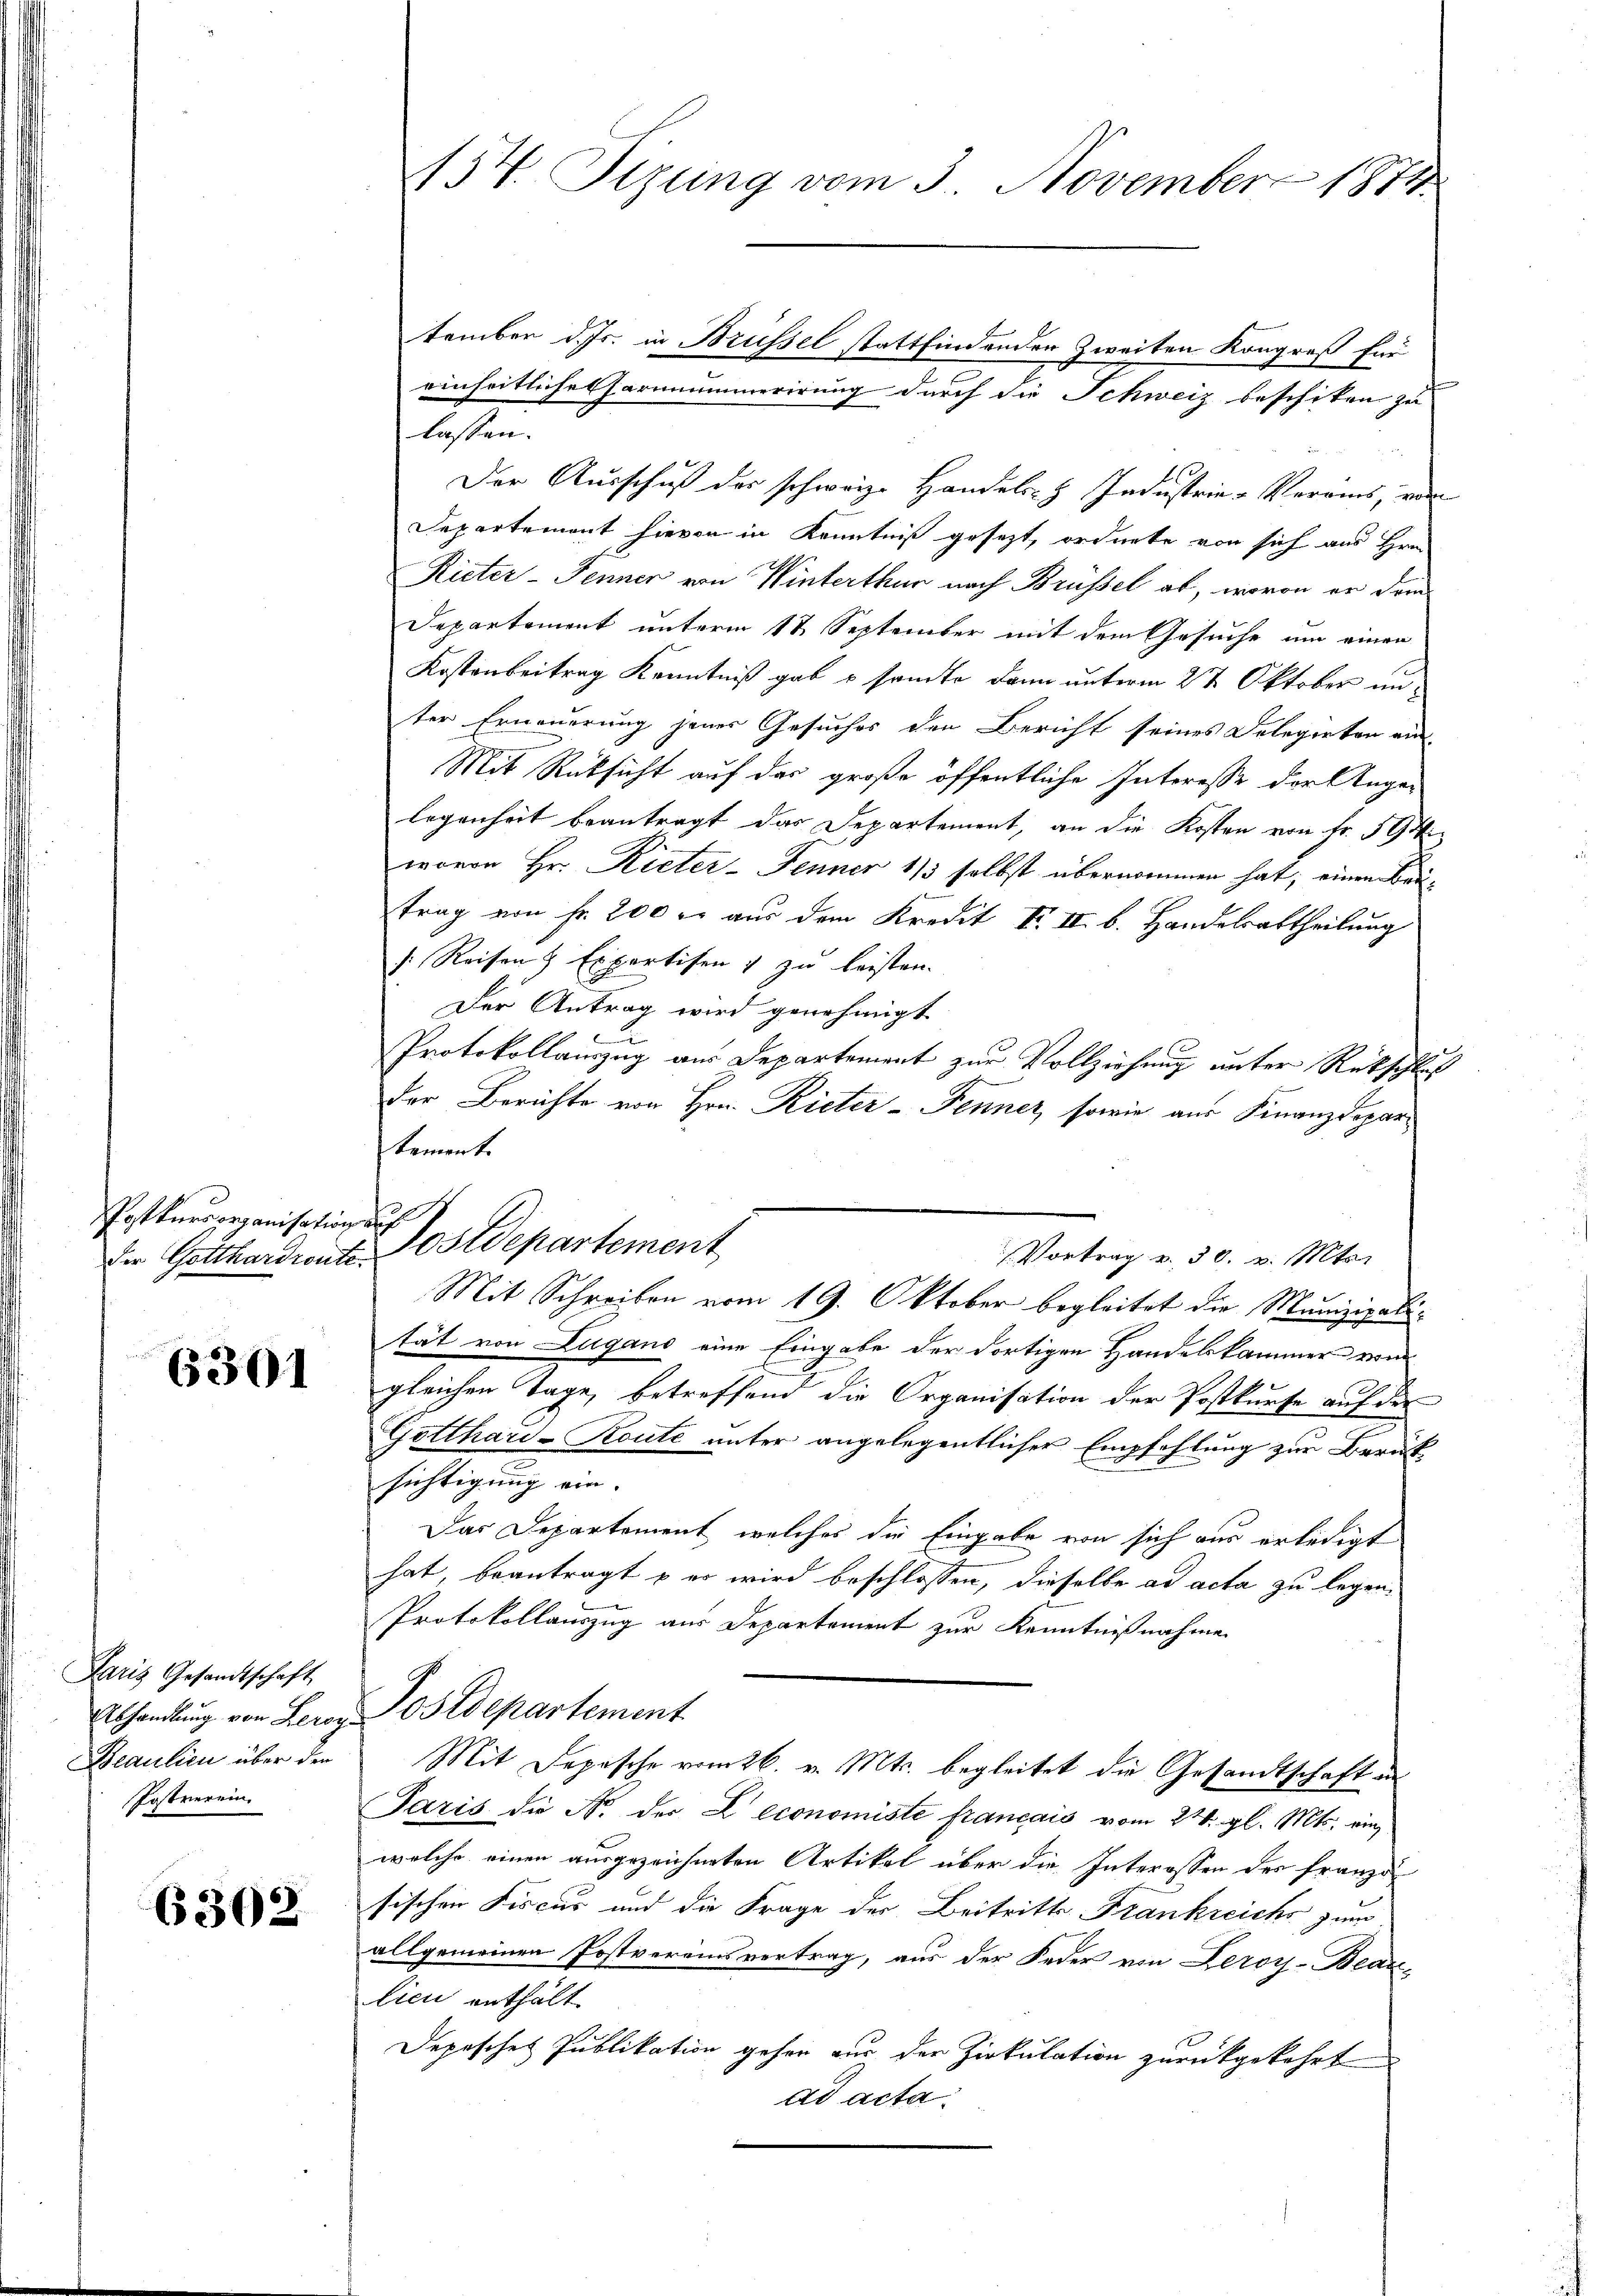
Postkurserganisation

6301

Paris Gesandtschaft
Abhandlung von Leroy
Beaulien über den
Postverein.

6302

1154. Tizung vom 3. November 1871

tember d. Js. in Brüssel stattfindenden Zweiten Kongreß für
einheitliche Formamerirung durch die Schweiz beschiken zu
lassen.
Der Ausschuß der schweiz. Handels- & Industrie-Vereins, von
Separtement hievon in Kenntniß gesezt, ordnete von sich aus Hrn
Rieter-Fenner von Winterthur nach Brüssel ab, wovon er dem
Departement unterm 18 September mit dem Gesuche um einen
Kostenbeitrag Kenntniß gab u samte dann unterm 2 t Oktober unter Erneuerung jener Gesuches den Bericht seines Delegirten ein-
Mit Rücksicht auf der große öffentliche Interesse der Angelegenheit beantragt das Departement, an die Kosten von Fr. 594
wovon Hr. Rieter- Jenner 1/3 selbst übernommen hat; einen Bautrag von Fr. 200 r. aus dem Kredit F. II. b. Handelsabtheilung
s: Reisen Expertisen & zu leisten.
Der Antrag wird genehmigt
Protokollauszug aus Departement zur Vollziehung unter Rückschluß
Der Berichte von Hrn. Rieter-Fenner, sowie aus Finanzdepar
tement.
e
der Gotthardronte Postdepartement
Vortrag v. 30. v. Mts.
Mit Schreiben vom 19. Oktober begleitet die Munizipalität von Lugano eine Eingabe der dortigen Handelskammer von
gleichen Tage, betreffend die Organisation der Postkurse auf der
Gotthard-Route unter angelegentlicher Empfehlung zur Berat
.
sichtigung ein.
Das Departement, welches die Eingabe von sich aus erledigt
hat, beantragt u es wird beschlossen, dieselbe ad acta zu legen.
Protokollauszug aus Departement zur Kenntnißnahme
Postdepartement.
Mit Depesche vom 26. v. Mts. begleitet die Gesandtschaft an
Paris die No. der Leconomiste français vom 24. gl. Mts. einwelche einen ausgezeichneten Artikel über die Interossen des Franze
sischen Fiscus und die Frage der Beitritte Frankreiche zum
allgemeinen Postvereinsvertrag, aus der Feder von Leroy-Beaulieu enthält
Depesches Publikation gehen nur der Zirkulation zurückgekehrt
ad acta.